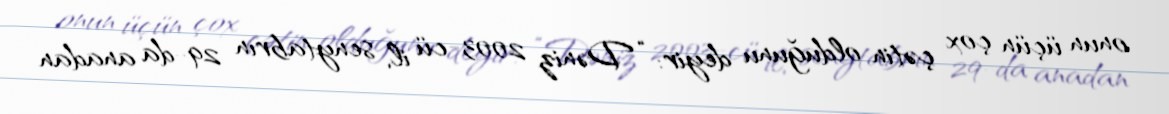
onun üçün çox çətin olduğunu deyir: “Dəniz 2003-cü il, senytabrın 29-da anadan